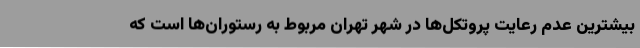
بیشترین عدم رعایت پروتکل‌ها در شهر تهران مربوط به رستوران‌ها است که